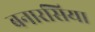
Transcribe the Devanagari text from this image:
बनारसिया